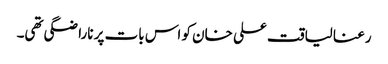
رعنا لیاقت علی خان کو اس بات پر ناراضگی تھی۔